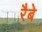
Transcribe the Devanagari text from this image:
रैबे